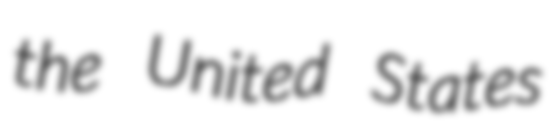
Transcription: the United States